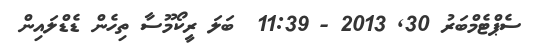
ސެޕްޓެމްބަރު 30